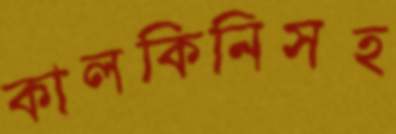
কালকিনিসহ